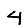
Digit: 4